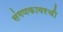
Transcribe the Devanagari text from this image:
संगणकावरची